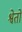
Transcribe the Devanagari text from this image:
श्वेतो